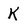
Character: K